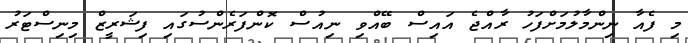
މި ފެއާ ނިންމާލުމަށްފަހު ރާއްޖެ އައިސް ބޭއްވި ނިއުސް ކޮންފަރެންސުގައި ފިޝަރީޒް މިނިސްޓަރު